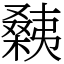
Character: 㯩